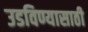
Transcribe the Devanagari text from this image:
उडविण्यासाठी